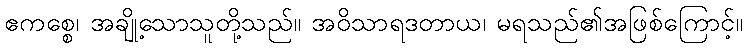
ဧကစ္စေ၊ အချို့သောသူတို့သည်။ အဝိသာရဒတာယ၊ မရသည်၏အဖြစ်ကြောင့်။